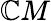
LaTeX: \mathbb{C}M